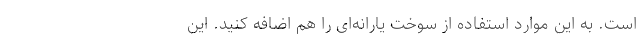
است. به این موارد استفاده از سوخت یارانه‌ای را هم اضافه کنید. این